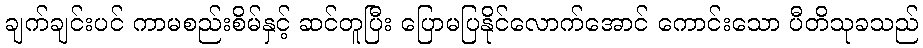
ချက်ချင်းပင် ကာမစည်းစိမ်နှင့် ဆင်တူပြီး ပြောမပြနိုင်လောက်အောင် ကောင်းသော ပီတိသုခသည်